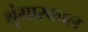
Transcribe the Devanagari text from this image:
श्रृंगारकाल